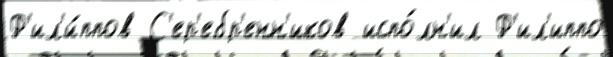
Ф'ил'и́ппов С'ер'ебр'енн'иков испо́лн'ил Ф'ил'иппо